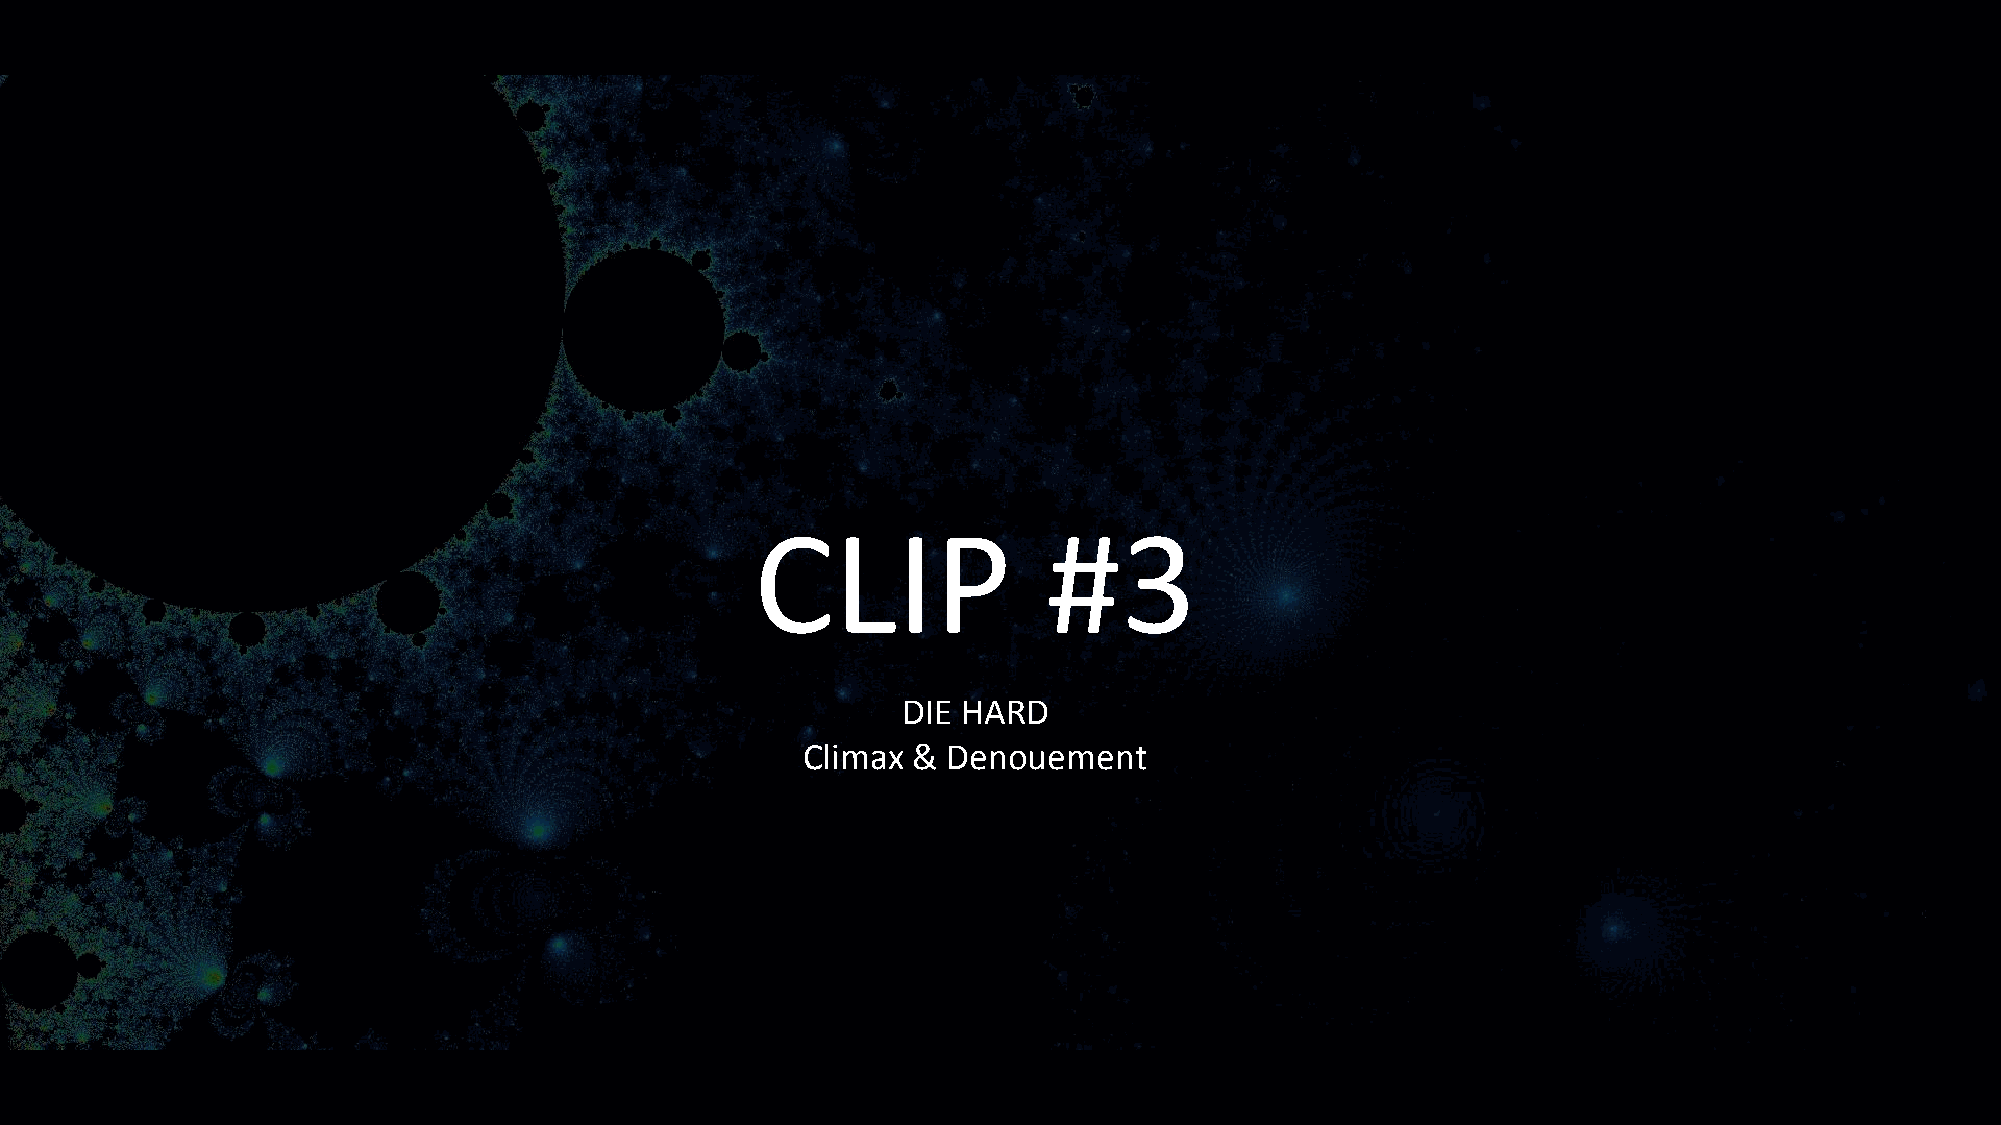
CLIP               #3
 DIE HARD
 Climax &  Denouement